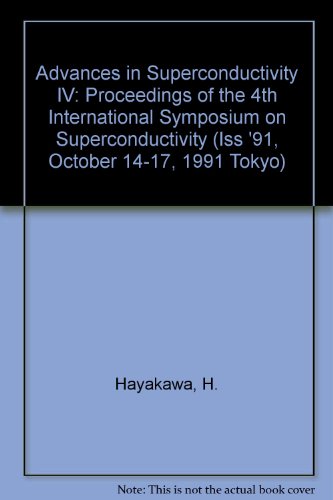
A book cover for Advances in Superconductivity IV: Proceedings of the 4th International Symposium on Superconductivity (Iss '91, October 14-17, 1991 Tokyo); H. Hayakawa; Science & Math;